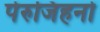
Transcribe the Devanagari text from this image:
पेरुजिहनो